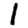
Digit: 1